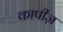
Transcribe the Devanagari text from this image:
कापीज़